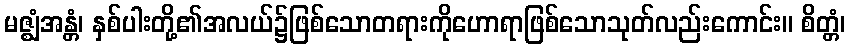
မဇ္ဈံအန္တံ၊ နှစ်ပါးတို့၏အလယ်၌ဖြစ်သောတရားကိုဟောရာဖြစ်သောသုတ်လည်းကောင်း။ စိတ္တံ၊